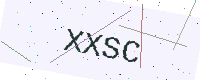
Text: XXSC